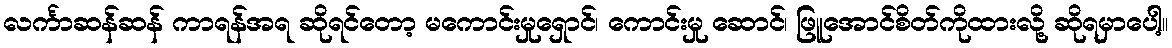
လင်္ကာဆန်ဆန် ကာရန်အရ ဆိုရင်တော့ မကောင်းမှုရှောင်၊ ကောင်းမှု ဆောင်၊ ဖြူအောင်စိတ်ကိုထားလို့ ဆိုရမှာပေါ့။